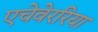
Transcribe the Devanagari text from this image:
एचेवेररिया